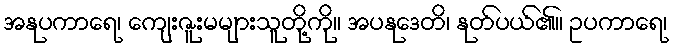
အနုပကာရေ၊ ကျေးဇူးမများသူတို့ကို။ အပနုဒေတိ၊ နုတ်ပယ်၏။ ဥပကာရေ၊